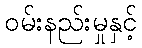
ဝမ်းနည်းမှုနှင့်